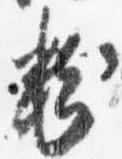
粉